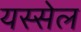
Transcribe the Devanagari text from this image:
यस्सेल